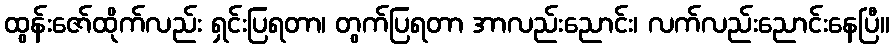
ထွန်းဇော်ထိုက်လည်း ရှင်းပြရတာ၊ တွက်ပြရတာ အာလည်းညောင်း၊ လက်လည်းညောင်းနေပြီ။